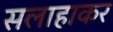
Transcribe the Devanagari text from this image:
सलाहाकर